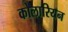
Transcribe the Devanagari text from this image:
कोलारियन